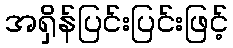
အရှိန်ပြင်းပြင်းဖြင့်